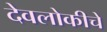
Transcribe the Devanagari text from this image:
देवलोकीचे